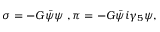
\sigma = - G \bar { \psi } \psi \; , \pi = - G \bar { \psi } i \gamma _ { 5 } \psi ,